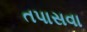
તપાસવા